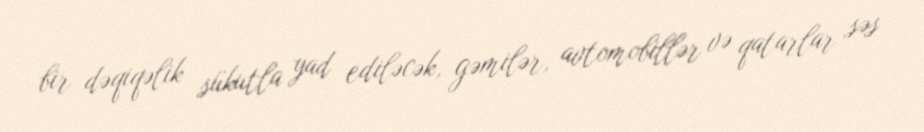
bir dəqiqəlik sükutla yad ediləcək, gəmilər, avtomobillər və qatarlar səs